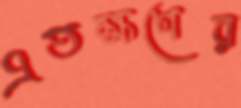
এতক্ষণের